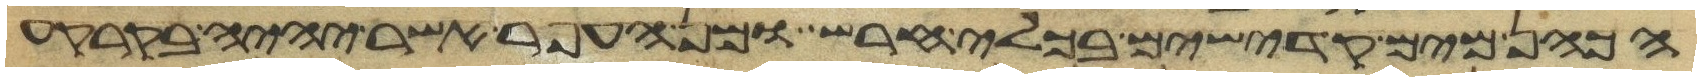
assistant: הכהן מים קדישים בכלי חרש ומן העפר אשר יהיה בקרקע